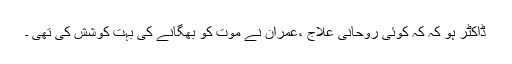
ڈاکٹر ہو کہ کہ کوئی روحانی علاج ،عمران نے موت کو بھگانے کی بہت کوشش کی تھی ۔